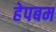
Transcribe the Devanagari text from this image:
हेपबम